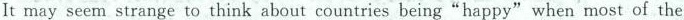
It may seem strange to think about countries being“happy" when most of the